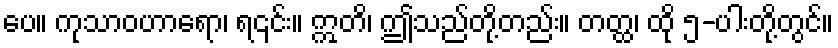
ပေ။ ကုသာဝဟာရော၊ ရ၎င်း။ ဣတိ၊ ဤသည်တို့တည်း။ တတ္ထ၊ ထို ၅-ပါးတို့တွင်။